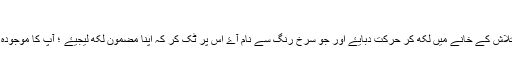
طاھر محمود (تبادلۂ خیال) 10:40, 22 مئی 2013 (م ع و)
السلام علیکم ، براۓ کرم جو مضمون آپ کو لکھنا ہے اس کا عنوان تلاش کے خانے میں لکھ کر حرکت دبایۓ اور جو سرخ رنگ سے نام آۓ اس پر ٹک کر کہ اپنا مضمون لکھ لیجیۓ ؛ آپ کا موجودہ لکھا ہوا متن اگر منتقل نا کیا گیا تو حذف شدگی کا شکار ہو جاۓ گا۔